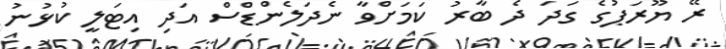
ރޭ ޔޫރަޕުގެ ގަދަ ދެ ބާރު ކަމަށްވާ ނެދަލެންޑްސް އަދި އިޓަލީ ކުޅުނު